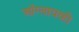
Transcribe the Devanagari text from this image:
ऑग्लायव्ही